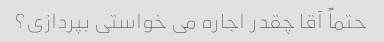
حتماً آقا چقدر اجاره می خواستی بپردازی؟